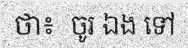
ថា៖  ចូរ ឯង ទៅ